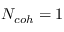
N _ { c o h } = 1